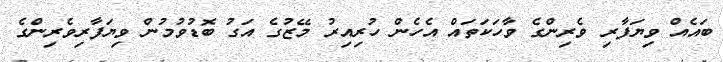
ބައެއް ވިޔަފާރި ވެރިންގެ ވާހަކަތައް އެހެން ހުރިއިރު މޭޒުގެ އަގު ބޮޑުވުމުން ވިޔަފާރިވެރިންގެ